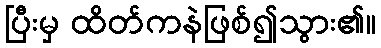
ပြီးမှ ထိတ်ကနဲဖြစ်၍သွား၏။